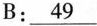
B:\underline{49}